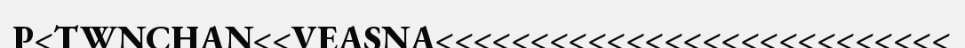
P<TWNCHAN<<VEASNA<<<<<<<<<<<<<<<<<<<<<<<<<<<